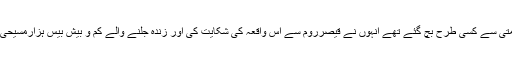
ان میں سے دومسیحی جوخوش قسمتی سے کسی طرح بچ گئے تھے انہوں نے قیصرروم سے اس واقعہ کی شکایت کی اور زندہ جلنے والے کم و بیش بیس ہزارمسیحی اہل مذہب کے انتقام کا مطالبہ کیا۔